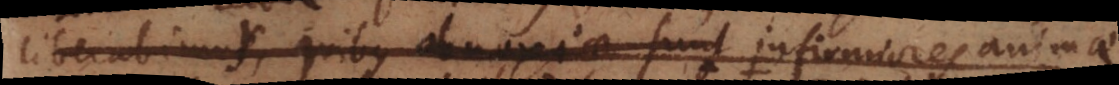
liberabimur, quibus obnoxiae sunt infirmiores animae